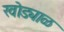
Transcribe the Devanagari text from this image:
खोड्याळ